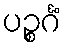
ပဉ္စင်္ဂံ